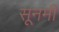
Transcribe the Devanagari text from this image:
सूनमी